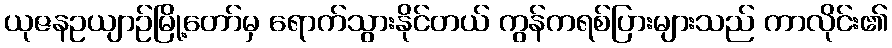
ယုဇနဥယျာဉ်မြို့တော်မှ ရောက်သွားနိုင်တယ် ကွန်ကရစ်ပြားများသည် ကာလိုင်း၏